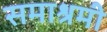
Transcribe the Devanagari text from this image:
समाश्रमी